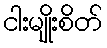
ငါးမျိုးစိတ်